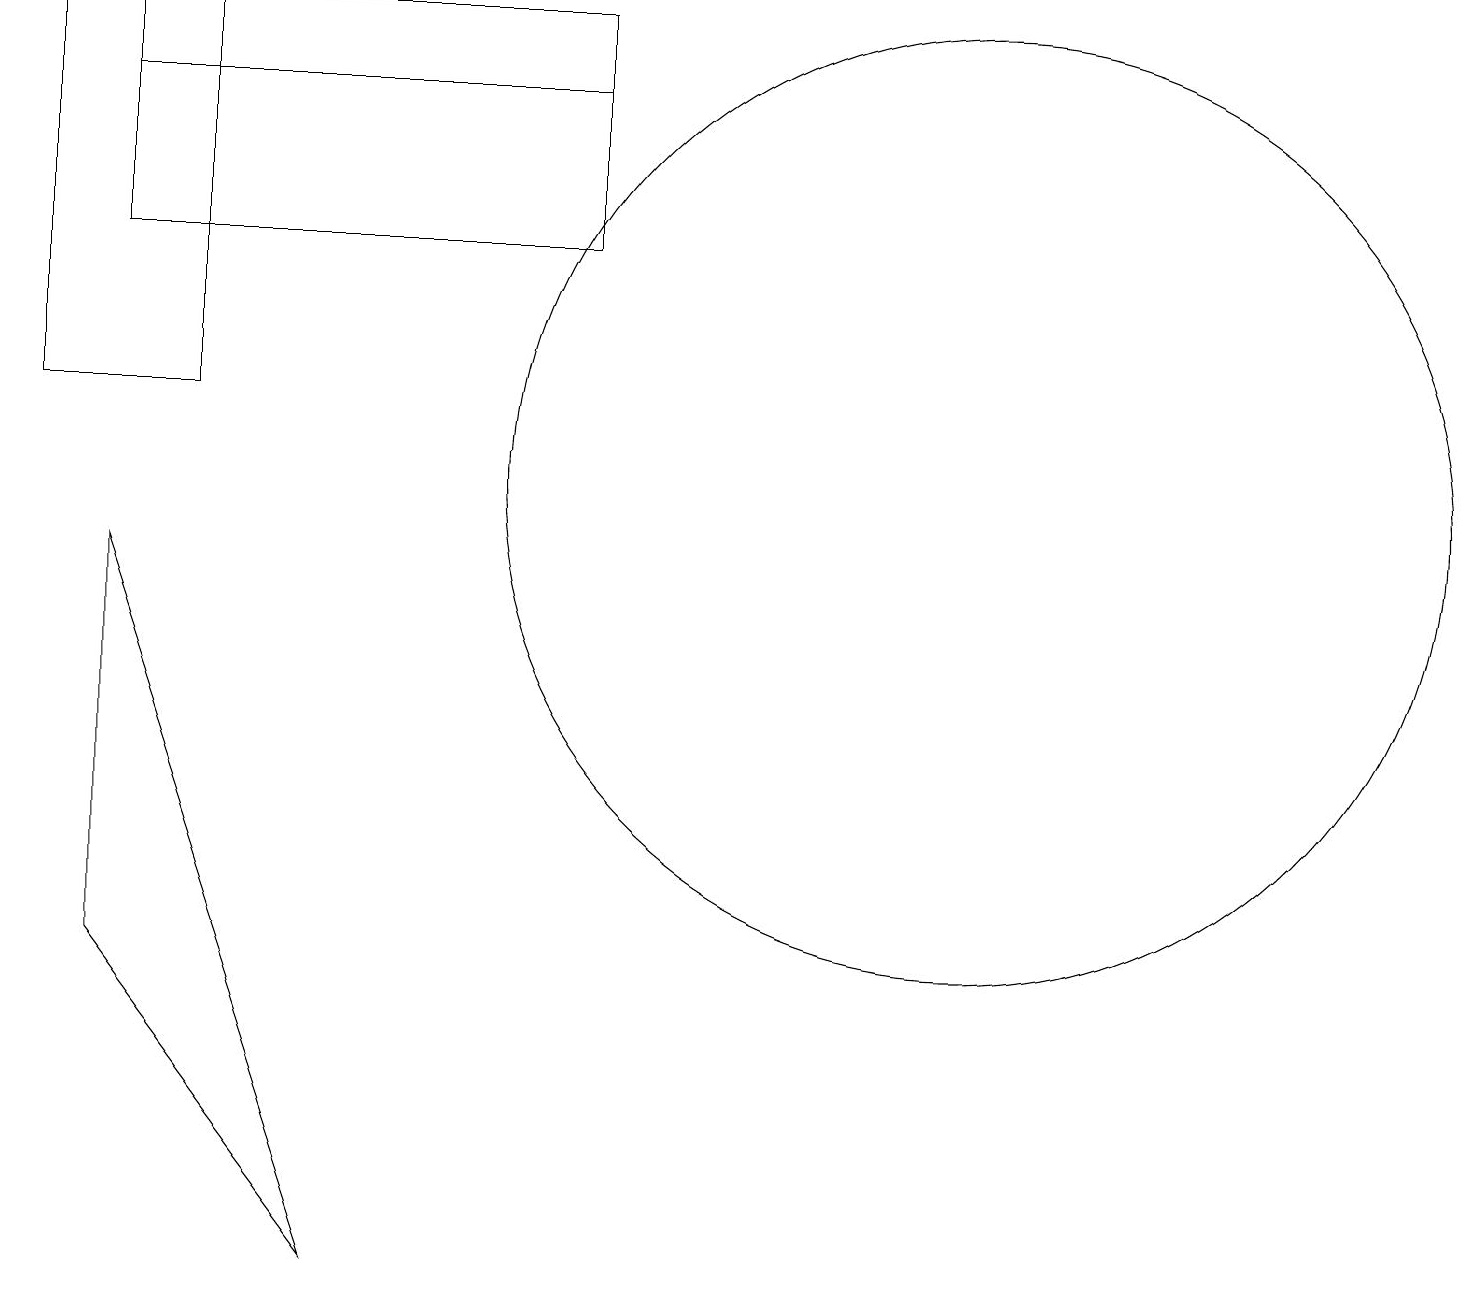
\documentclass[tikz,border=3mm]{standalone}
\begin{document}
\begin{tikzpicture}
\draw (1,9) -- (1,4) -- (4,0) -- cycle;
\draw (12,10) circle (6);
\draw (7,16) rectangle (5,16);
\draw (0,16) rectangle (2,11);
\draw (7,15) rectangle (1,13);
\draw (1,15) rectangle (7,16);
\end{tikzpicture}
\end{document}